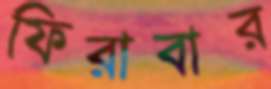
ফিরাবার